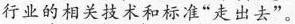
行业的相关技术和标准”走出去”。